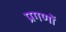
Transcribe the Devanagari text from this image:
प्रगणों